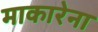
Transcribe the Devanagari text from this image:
माकारेना